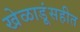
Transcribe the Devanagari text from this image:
खेळाडूंसहीत